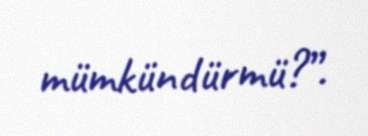
mümkündürmü?”.